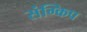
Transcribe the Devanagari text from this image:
संग्किप